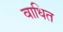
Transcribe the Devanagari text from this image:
वाधित